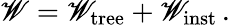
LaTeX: {\cal\mathscr{W}}={\cal\mathscr{W}}_{\mathrm{{tree}}}+{\cal\mathscr{W}}_{\mathrm{{inst}}}\, .